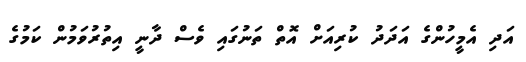
އަދި އެމީހުންގެ އަދަދު ކުރިއަށް އޮތް ތަނުގައި ވެސް ދާނީ އިތުރުވަމުން ކަމުގެ